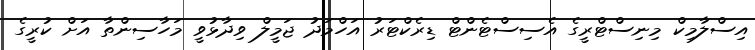
އިސްލާމިކް މިނިސްޓްރީގެ އެސިސްޓެންޓް ޑިރެކްޓަރު އަހްމަދު ޖަމީލް ވިދާޅުވީ މަހާސިންތާ އަށް ކުރީގެ